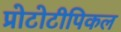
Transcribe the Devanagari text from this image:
प्रोटोटीपिकल